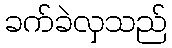
ခက်ခဲလှသည်